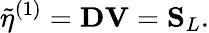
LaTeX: \tilde{\eta}^{(1)}=\mathbf{D}\mathbf{V}=\mathbf{S}_{L}.